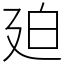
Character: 廹